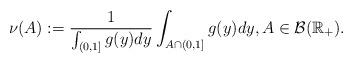
LaTeX: \begin{align*}\nu(A):=\frac{1}{\int_{(0,1]}g(y)dy}\int_{A \cap(0,1]}g(y)dy, A \in \mathcal{B}(\mathbb{R}_+).\end{align*}